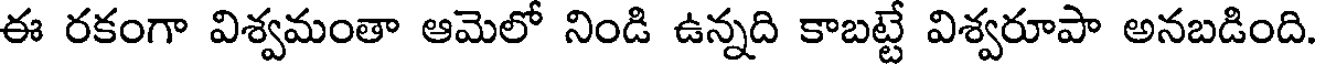
ఈ రకంగా విశ్వమంతా ఆమెలో నిండి ఉన్నది కాబట్టే విశ్వరూపా అనబడింది